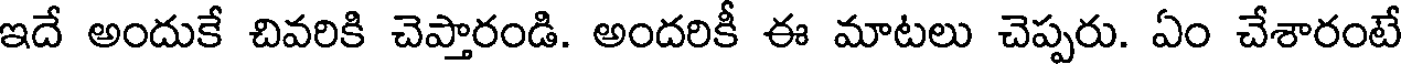
ఇదే అందుకే చివరికి చెప్తారండి. అందరికీ ఈ మాటలు చెప్పరు. ఏం చేశారంటే